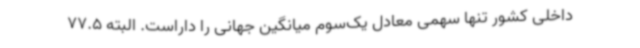
داخلی کشور تنها سهمی معادل یک‌سوم میانگین جهانی را داراست. البته 77.5